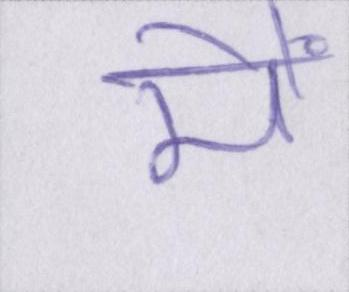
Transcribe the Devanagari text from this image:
मैं